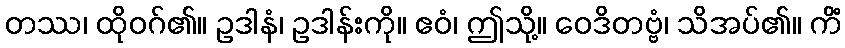
တဿ၊ ထိုဝဂ်၏။ ဥဒါနံ၊ ဥဒါန်းကို။ ဧဝံ၊ ဤသို့။ ဝေဒိတဗ္ဗံ၊ သိအပ်၏။ ကိံ